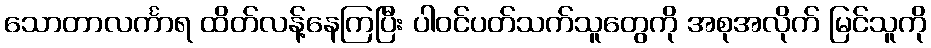
သောတာလင်္ကာရ ထိတ်လန့်နေကြပြီး ပါဝင်ပတ်သက်သူတွေကို အစုအလိုက် မြင်သူကို